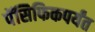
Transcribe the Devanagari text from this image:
पॅसिफिकपर्यंत